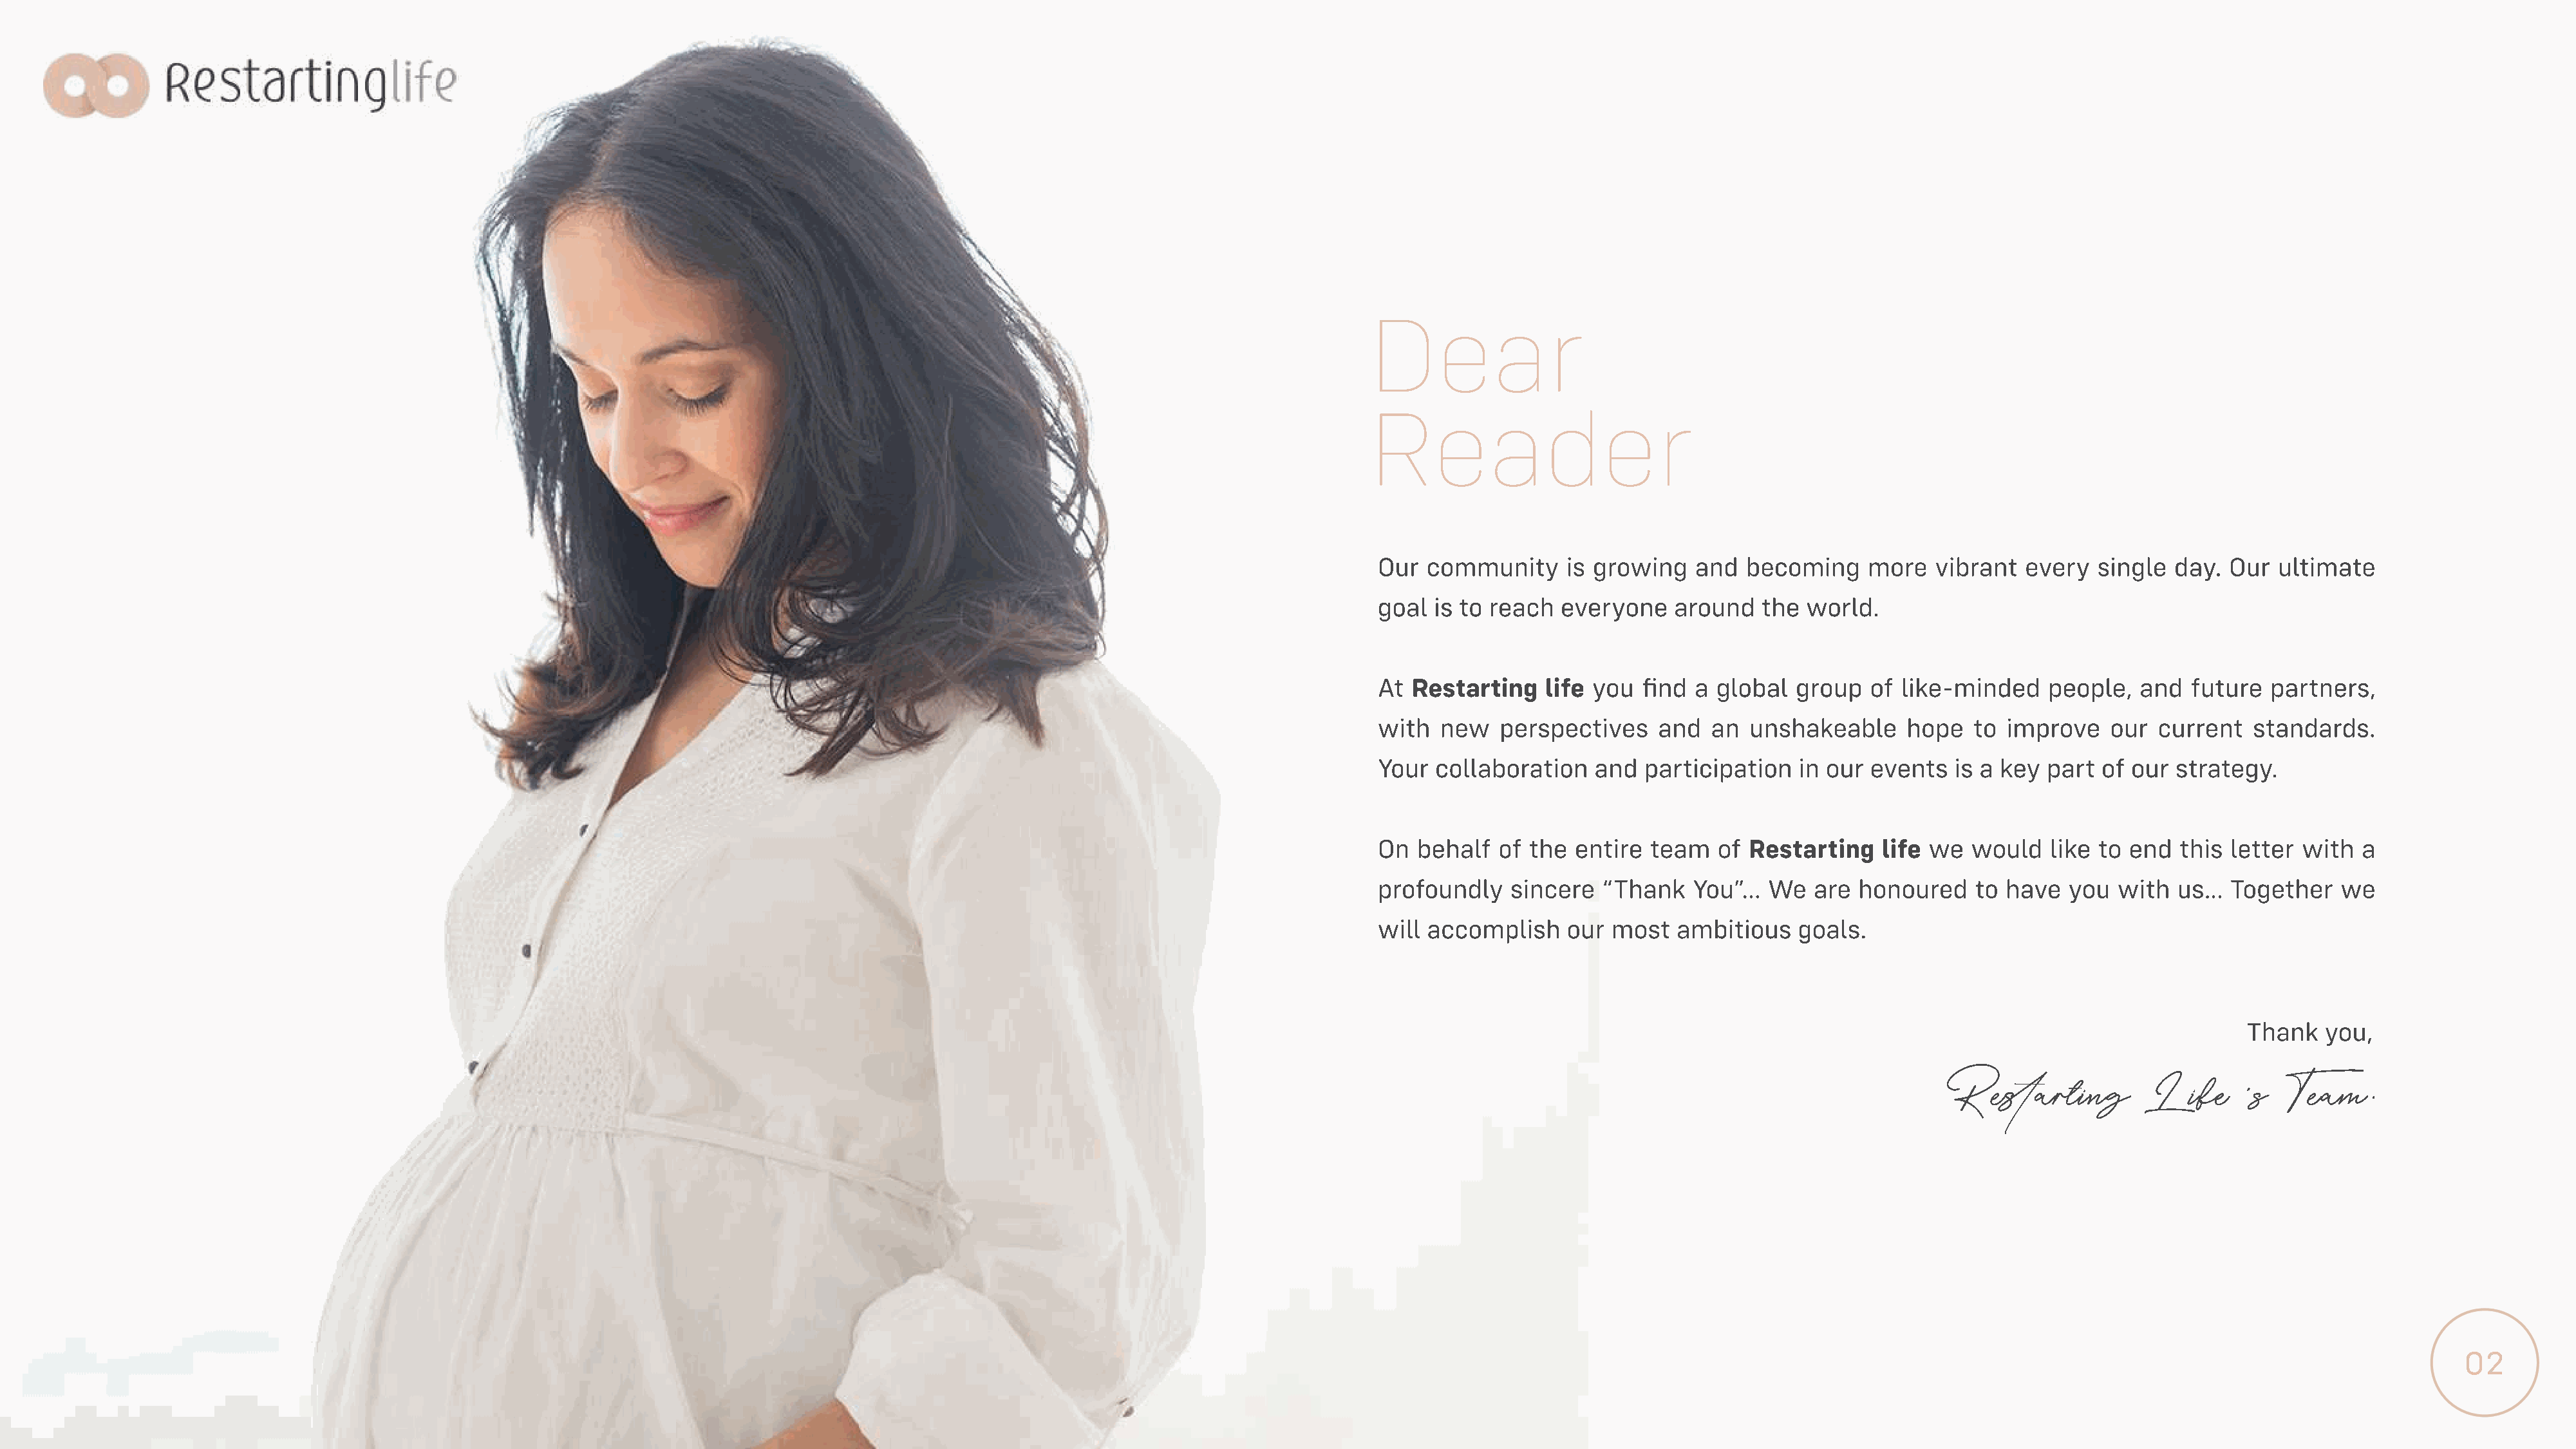
Dear
 Reader
 Our  community     is growing   and  becoming     more   vibrant  every   single  day. Our  ultimate
 goal is to reach  everyone    around   the  world.
 At Restarting    life you  find a global   group  of like-minded     people,  and  future  partners,
 with  new   perspectives    and   an  unshakeable     hope   to improve    our  current   standards.
 Your  collaboration   and  participation   in our events   is a key part  of our  strategy.
 OOnn behalf of the  entire  team   of Restarting   life we   would   like to end  this letter  with  a
 profoundly   sincere   “Thank   You”…   We  are  honoured    to have   you  with  us…  Together    we
 will accomplish    our  most  ambitious    goals.
 Thank   you,
 Rearting            Life      ’s  Team.
 02